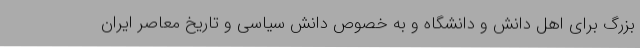
بزرگ برای اهل دانش و دانشگاه و به خصوص دانش سیاسی و تاریخ معاصر ایران